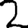
Digit: 2